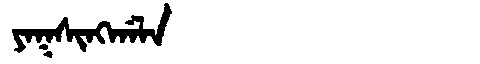
Manchu: ᠶᠠᡴᠰᡳᠩᡤᠠᠯᠠ
Romanization: YAKSINGGALA